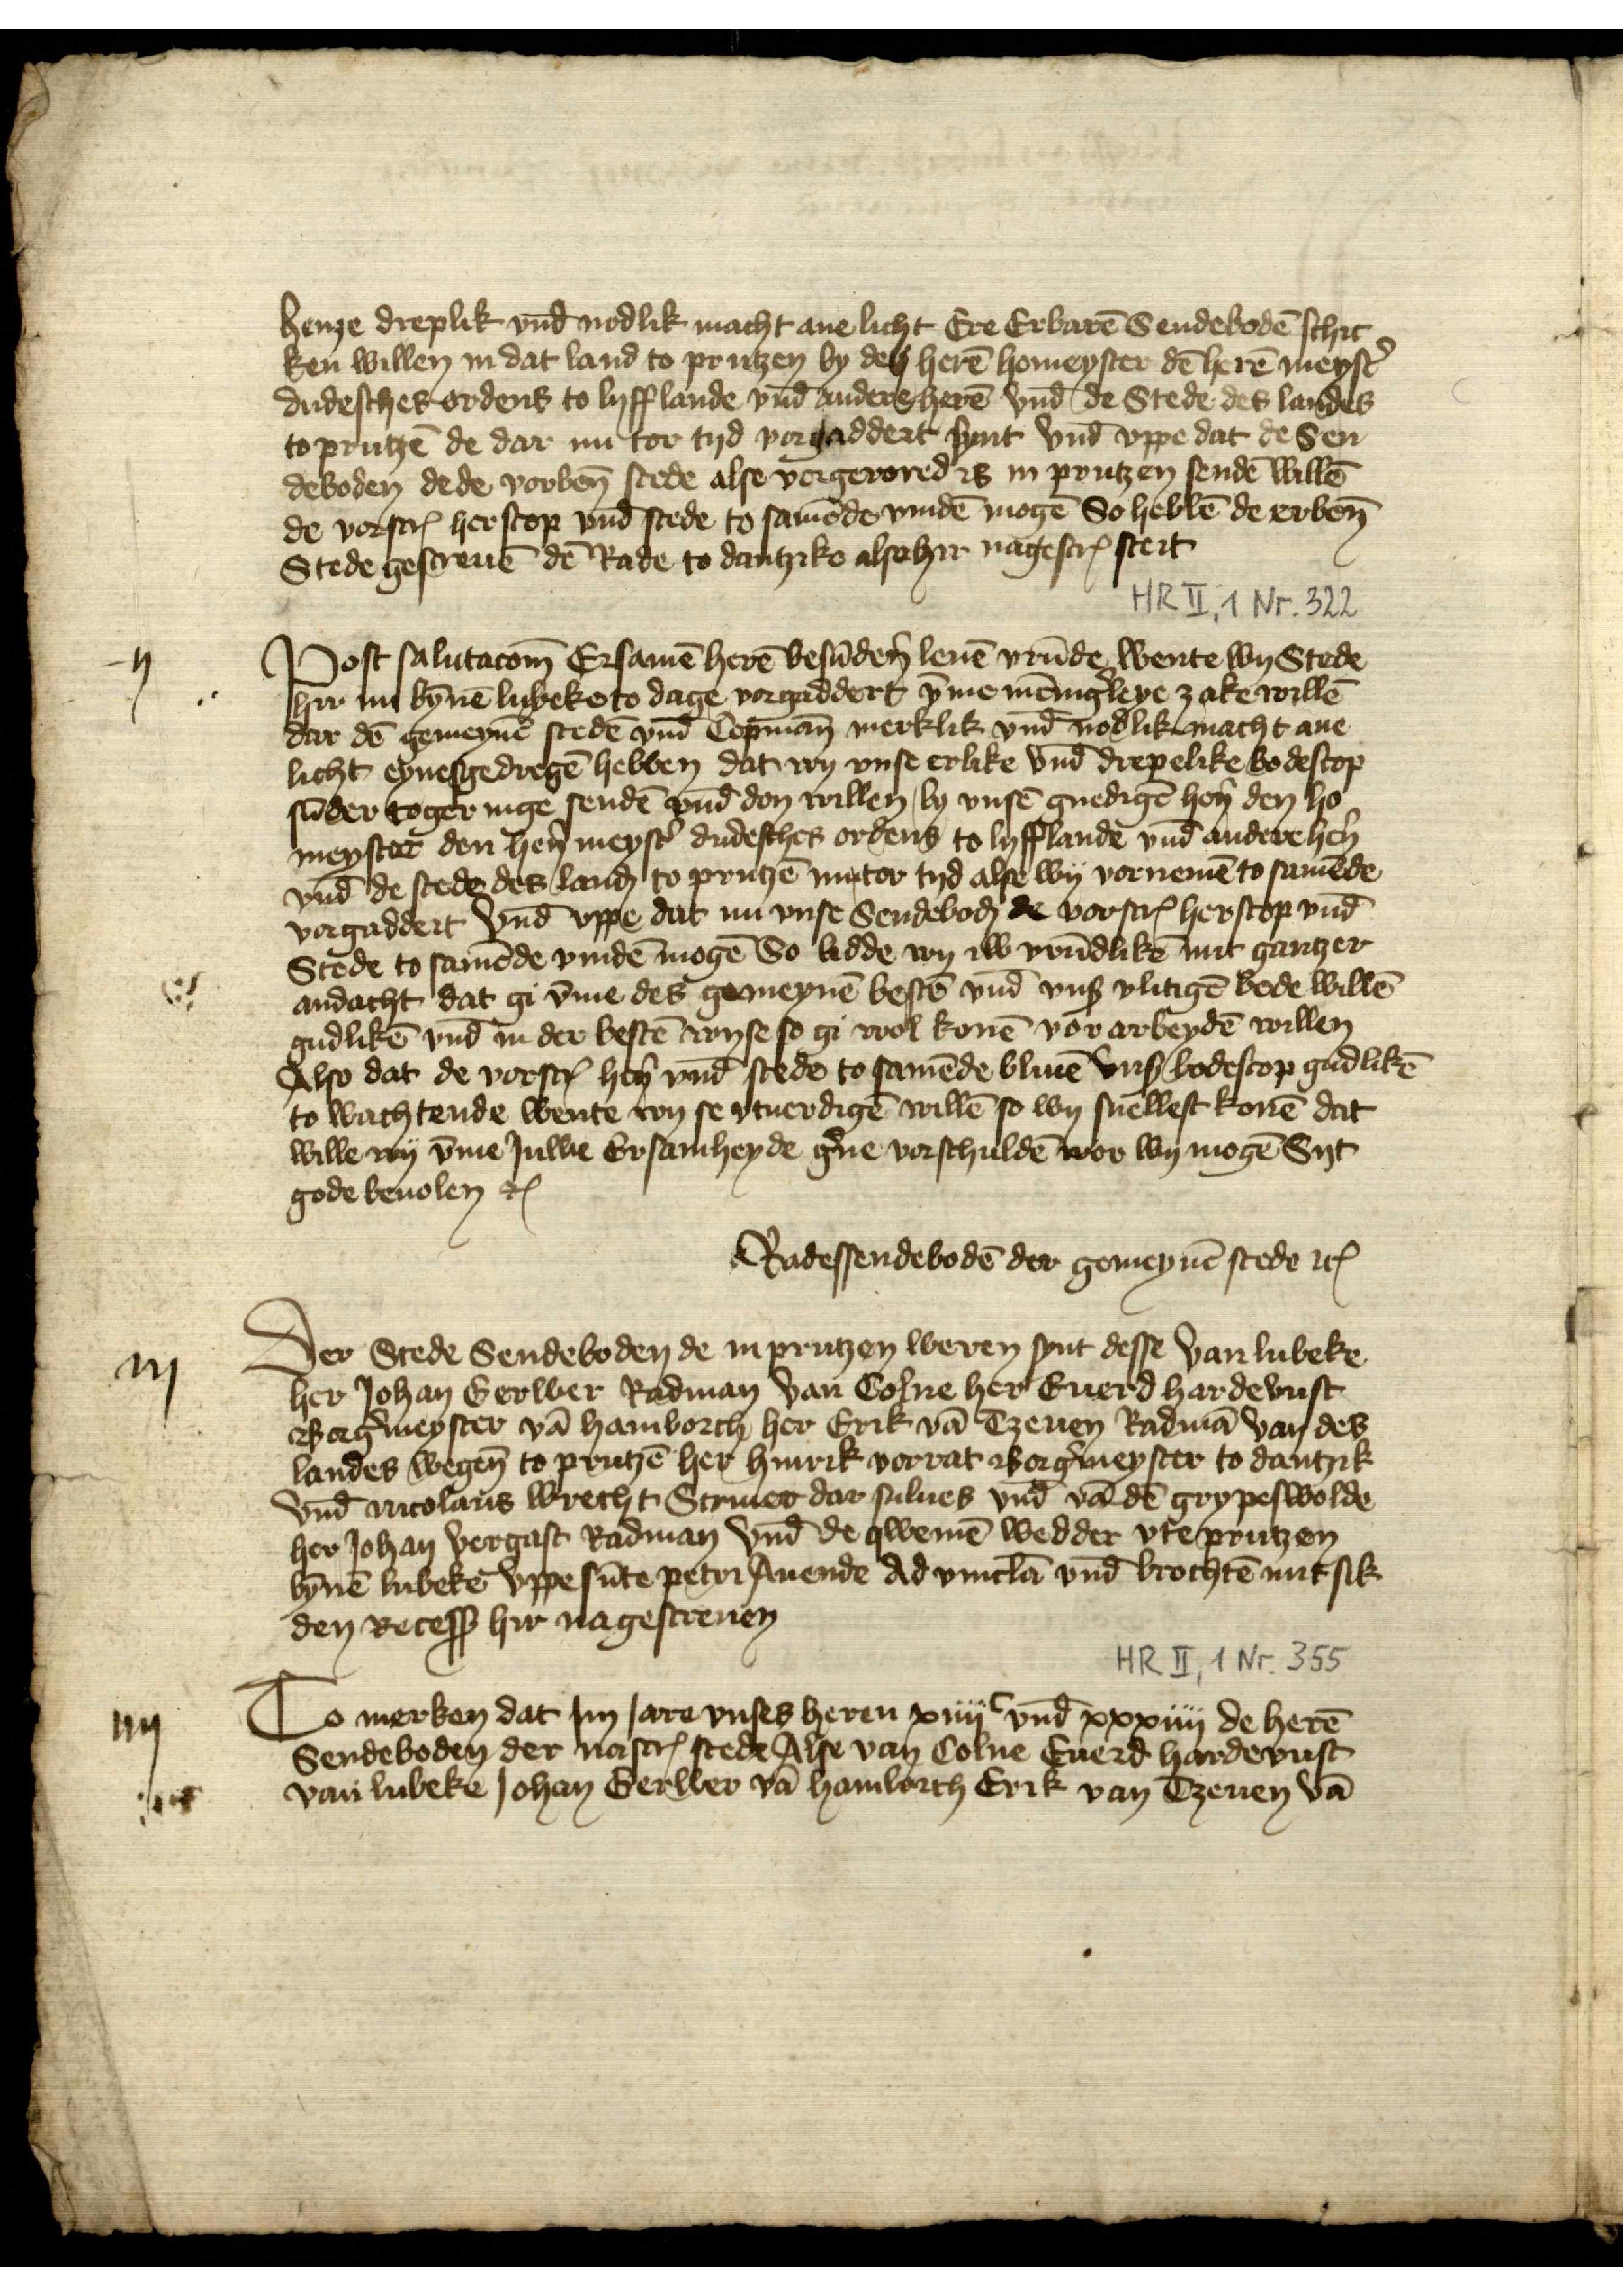
ij

iij

iiij

henze dreplik vnd̄ nodlik macht ane licht Ere Erbarē Sendebodē schic¬
ken willen in dat land to Prutzen by den herē homeyster dē herē meyst̉
dudesches ordens to Lyfflande vnd̄ andere herē vnde de Stede des landes
to Prutzē de dar nu tor tyd vorgaddert synt vnd̄ vppe dat de Sen¬
deboden de de vorben̄ stede alse vorgerored is in Prutzen sendē willē
de vorscrꝬ herscop vnd̄ stede to samēde vindē mogē So hebbē de erben̄
Stede gescreuē de Rade to Dantzike alse hir nagescrꝬ steit

Post salutacōm Ersamē herē besūdẻn leuē vrūde wente wy Stede
hir nu bȳnē Lubeke to dage vorgaddert v̄me mēng̉leye zake willē
dar dē gemeynē stedē vnd̄ copmān merklik vnd̄ nodlik macht ane
licht eynesgedregē hebben dat wy vnse erlike vnd̄ drepelike bodescop
sūder to gernige sendē vnd̄ don willen by vnsē gnedigē hẻn den ho¬
meyster den hẻn meyst̉ dudesches ordens to Lyfflande vnd̄ andere hẻn
vnd̄ de stede des lanḑ to Prutzē nu tor tyd alse wy vornemē to samēde
vorgaddert vnd vppe dat nu vnse Sendeboḑ de vorscꝬ herscop vnd̄
Stede to samēde vindē mogē So bidde wy iw vrūdlikē mit gantzer
andacht dat gi v̄me des gemeynē bestē vnd̄ vnß vlitigē bode willē
gudlikē vnd in der bestē wyse so gi wol konē vor arbeydē willen
Also dat de vorscꝬ hẻn vnd̄ stede to samēde bliuē vnse bodescop gudlikē
to wachtende wente wy se vtuerdigē willē so wy suewest konē dat
wille wy v̄me Juwe Ersamheyde g̉ne vorschuldē wor wy mogē Syt
gode beuolen etꝬ
Radessendebodē der gemeynē stede etꝬ

Der Stede Sendeboden de in Prutzen weren synt desse van Lubeke
her Johan Gerwer Radman van Colne her Euerd Hardevust
Borg̉meyster vā Hamborch her Erik vā Tzeuen Radmā van des
landes wege to Prutzē her Hinrik Vorrat Borg̉meyster to Dantzik
vnd̄ Nicolaus Wrecht Scriuer dar sulues vnd̄ vā dē Grypeswolde
her Johan Vergast Radman vnd de qwemē wedder vte Prutzen
bȳnē Lubeke vppe sūte Petri Auende ad vinclā vnd brochtē mit sik
den Recess hir nagescreuen

To merken dat Im Jare vnses heren xiiijc vnd̄ xxxiiij de herē
Sendeboden der nascrꝬ stede Alse van Colne Euerd Hardevust
van Lubeke Johan Gerwer vā Hamborch Erik van Tzeuen vā